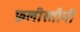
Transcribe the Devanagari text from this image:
फ़लीस्तीनी